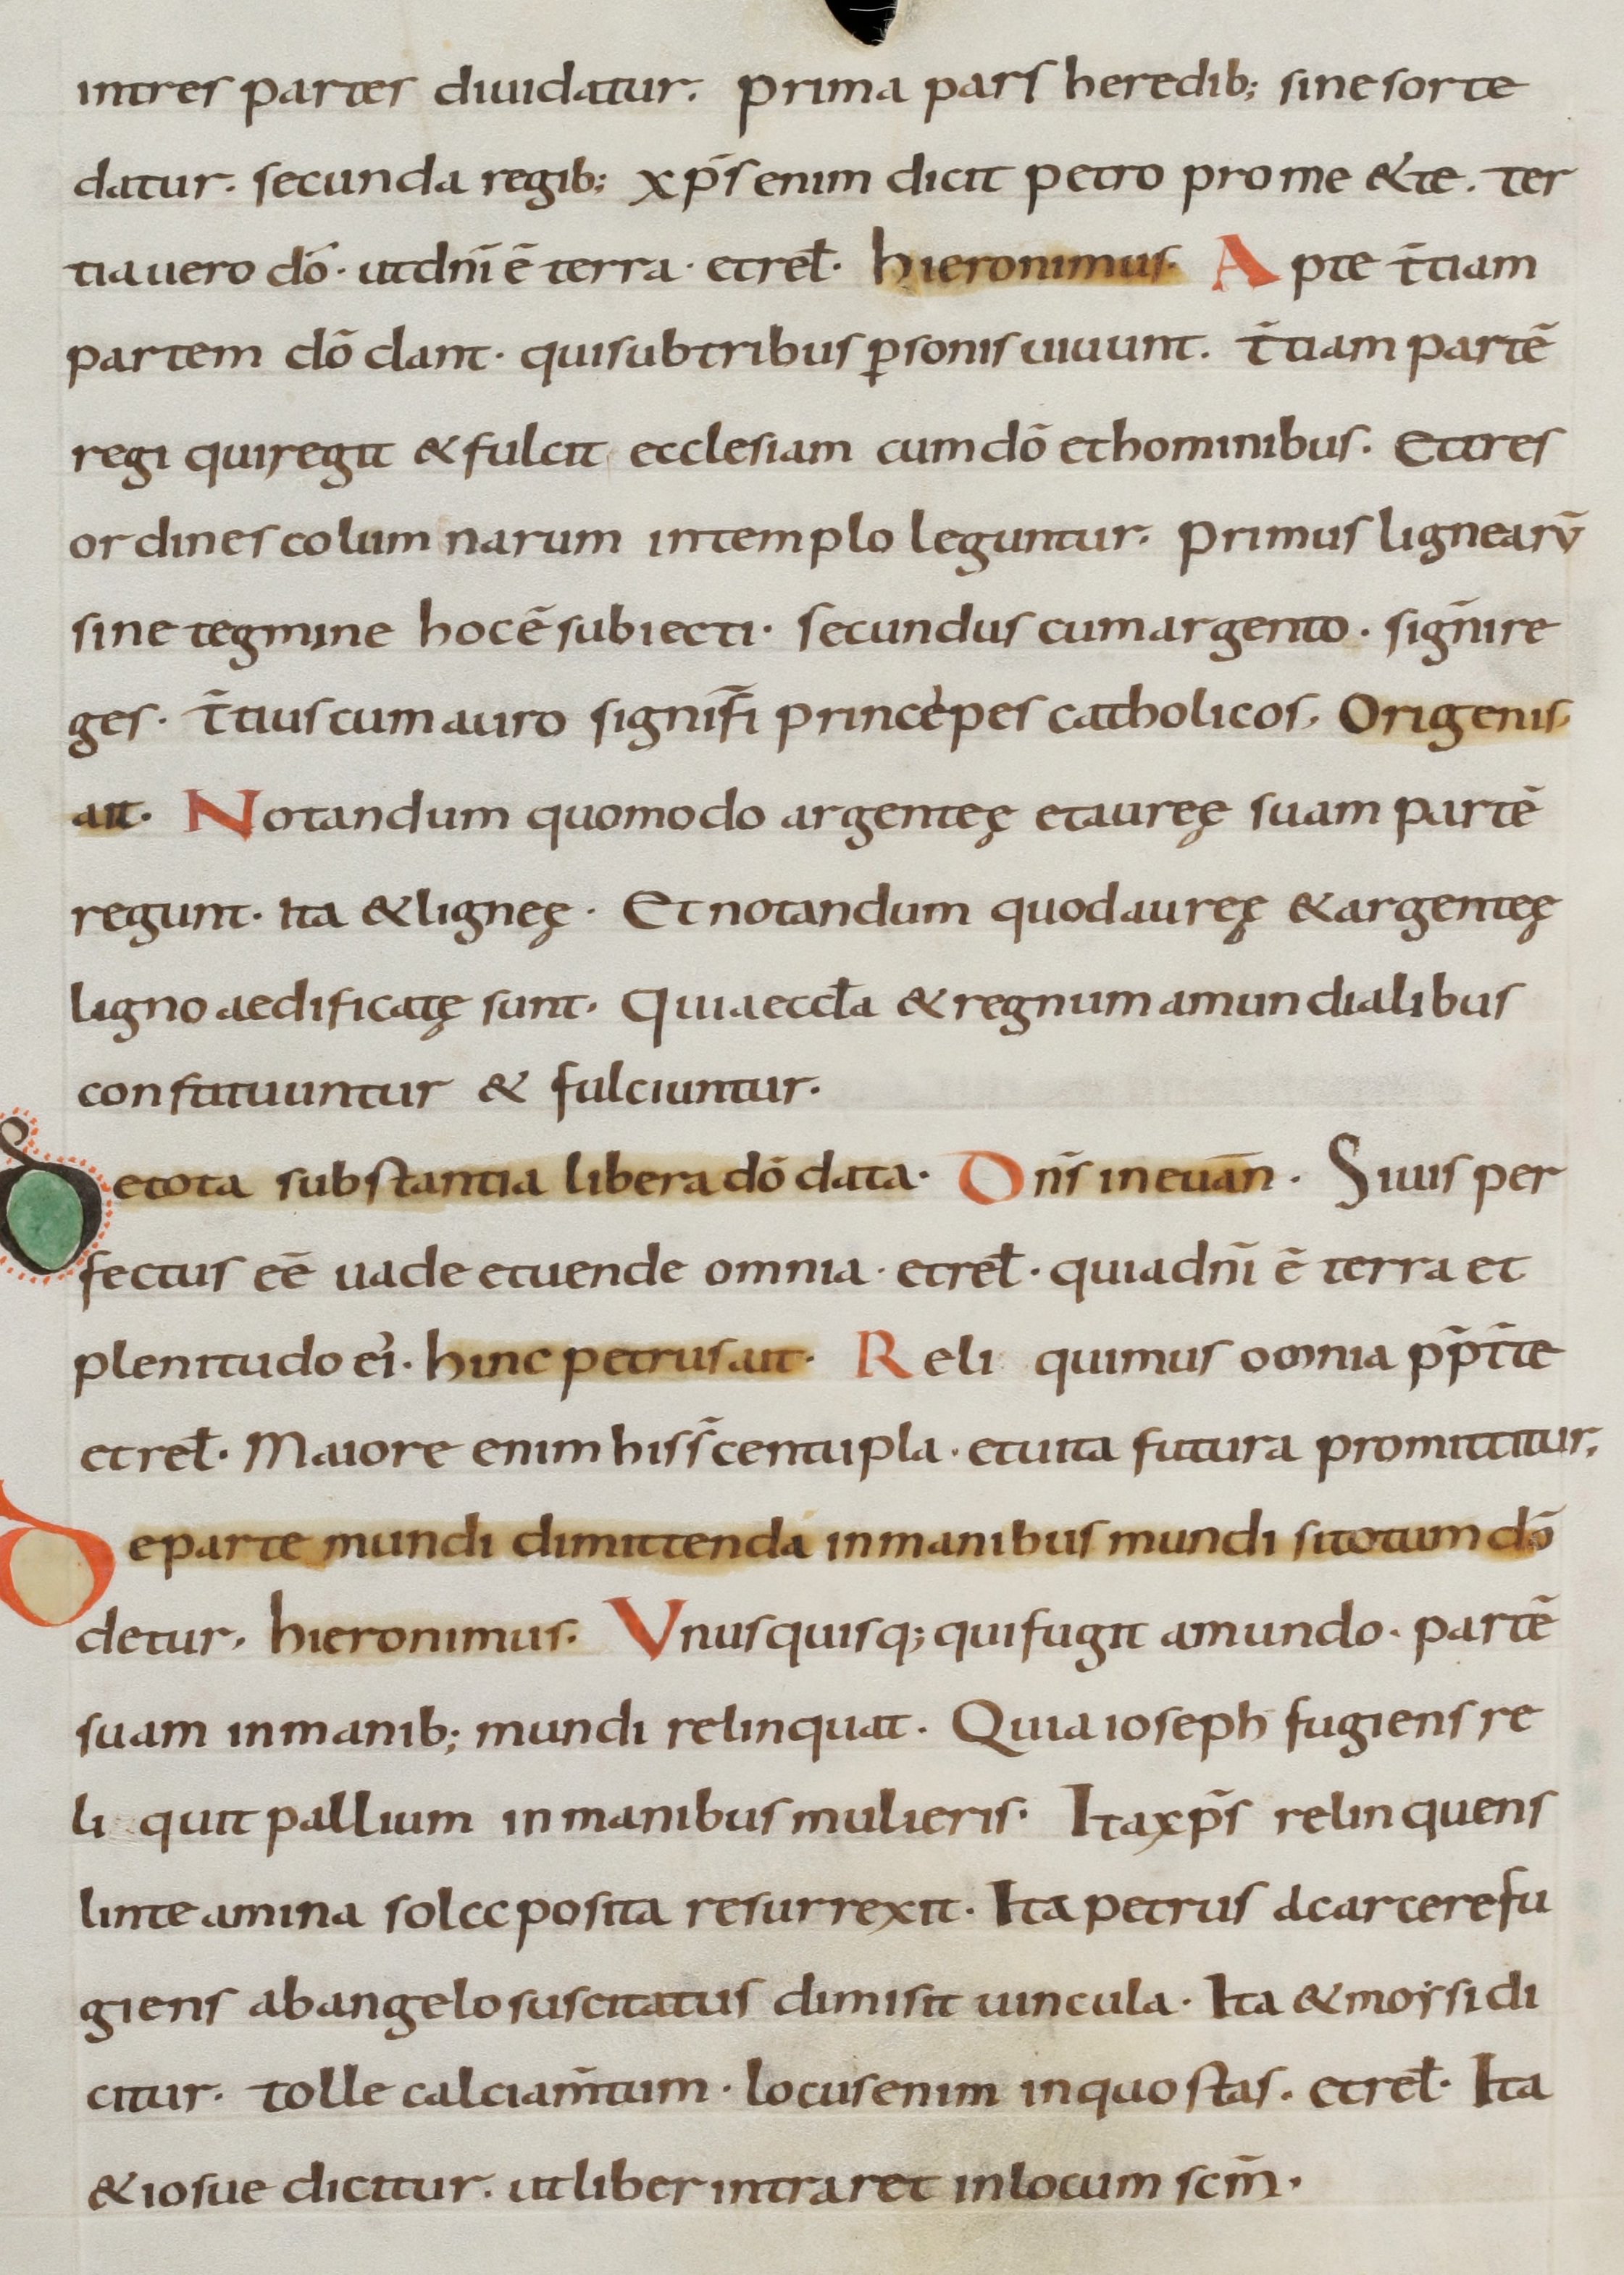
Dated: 800–899